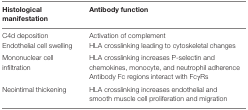
| Histological manifestation | Antibody function |
 | --- | --- |
 | C4d deposition | Activation of complement |
 | Endothelial cell swelling | HLA crosslinking leading to cytoskeletal changes |
 | <ROWSPAN=2> Mononuclear cell infiltration | HLA crosslinking increases P-selectin and chemokines, monocyte, and neutrophil adherence |
 | Antibody Fc regions interact with FcγRs |
 | Neointimal thickening | HLA crosslinking increases endothelial and smooth muscle cell proliferation and migration |